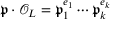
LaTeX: { \mathfrak { p } } \cdot { \mathcal { O } } _ { L } = { \mathfrak { p } } _ { 1 } ^ { e _ { 1 } } \cdots { \mathfrak { p } } _ { k } ^ { e _ { k } }